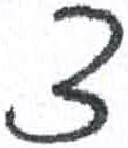
אות: צ